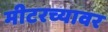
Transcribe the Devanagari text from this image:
मीटरच्यावर